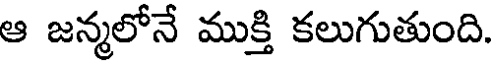
ఆ జన్మలోనే ముక్తి కలుగుతుంది.